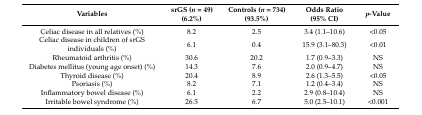
<table><thead><tr><td><b>Variables</b></td><td><b>srGS (<i>n =</i> 49) (6.2%)</b></td><td><b>Controls (<i>n =</i> 734) (93.5%)</b></td><td><b>Odds Ratio (95% CI)</b></td><td><b><i>p</i>-Value</b></td></tr></thead><tbody><tr><td>Celiac disease in all relatives (%)</td><td>8.2</td><td>2.5</td><td>3.4 (1.1–10.6)</td><td>&lt;0.05</td></tr><tr><td>Celiac disease in children of srGS individuals (%)</td><td>6.1</td><td>0.4</td><td>15.9 (3.1–80.3)</td><td>&lt;0.01</td></tr><tr><td>Rheumatoid arthritis (%)</td><td>30.6</td><td>20.2</td><td>1.7 (0.9–3.3)</td><td>NS</td></tr><tr><td>Diabetes mellitus (young age onset) (%)</td><td>14.3</td><td>7.6</td><td>2.0 (0.9–4.7)</td><td>NS</td></tr><tr><td>Thyroid disease (%)</td><td>20.4</td><td>8.9</td><td>2.6 (1.3–5.5)</td><td>&lt;0.05</td></tr><tr><td>Psoriasis (%)</td><td>8.2</td><td>7.1</td><td>1.2 (0.4–3.4)</td><td>NS</td></tr><tr><td>Inflammatory bowel disease (%)</td><td>6.1</td><td>2.2</td><td>2.9 (0.8–10.4)</td><td>NS</td></tr><tr><td>Irritable bowel syndrome (%)</td><td>26.5</td><td>6.7</td><td>5.0 (2.5–10.1)</td><td>&lt;0.001</td></tr></tbody></table>